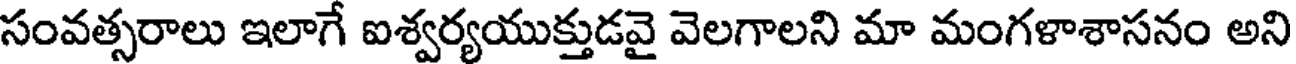
సంవత్సరాలు ఇలాగే ఐశ్వర్యయుక్తుడవై వెలగాలని మా మంగళాశాసనం అని